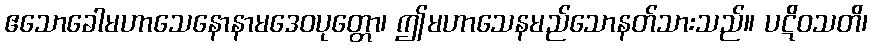
ဧသောခေါမဟာသေနောနာမဒေဝပုတ္တော၊ ဤမဟာသေနမည်သောနတ်သားသည်။ ပဋိဝသတိ၊